Sanitation, dispensaries and jails vaccination Rajputana 1922-1927 - 1922-1927
Year: 1922
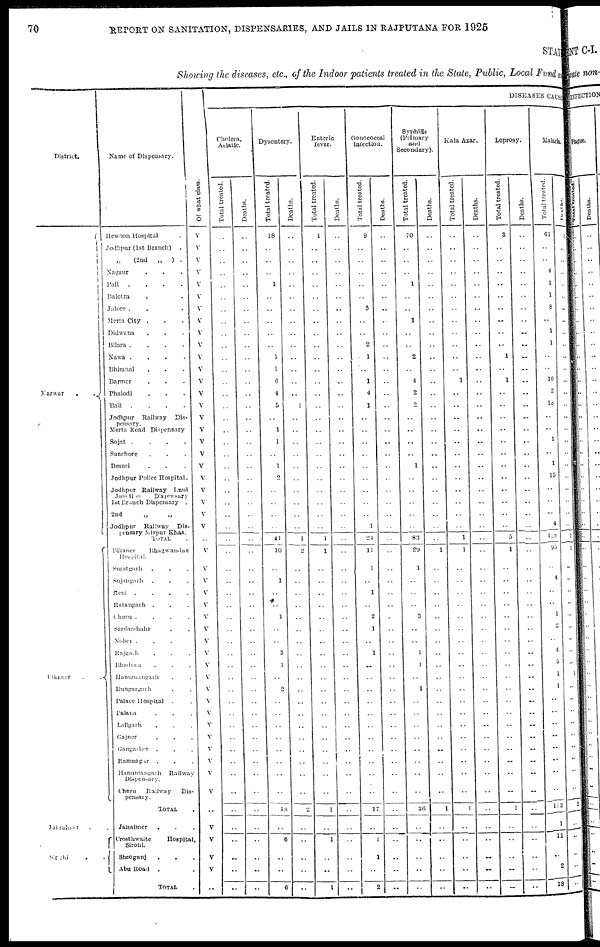
70
REPORT ON SANITATION, DISPENSARIES, AND JAILS IN RAJPUTANA FOR 1925
STATE
Showing the diseases, etc., of the Indoor patients treated in the State, Public, Local Fund and
District.
Marwar
.
.
Bikaner
.
.
Jaisalmer . .
Sirohi . .
Name of Dispensary.
Hewoon Hospital .
Jodhpur (1st Branch) .
„ (2nd
„
) .
Nagaur . . .
Pali
.
.
.
.
Balotra . . .
Jalore . . . .
Merta City . . .
Didwana . . .
Bilara .
.
.
.
Nawa .
.
.
.
Bhimnal . . .
Barmer . . .
Phalodi . . .
Bali
.
.
.
.
Jodhpur Railway Dis-
pensary.
Merta Road Dispensary
Sojat .
.
.
.
Sanchore . . .
Desuri . . .
Jodhpur Police Hospital.
Jodhpur Railway Lnui
Junction
Dispensary
1st Branch Dispensary .
2nd
„ „
Jodhpur
Railway Dis-
pensary Mirpur Khas.
TOTAL .
Bikaner
Bhagwandas
Hospital.
Suratgarh . . .
Sujangarh . . .
Reni
.
.
.
.
Ratangarh
. . .
Churu .
.
.
.
Sardarshahr . .
Noher . . . .
Rajgarh . . .
Bhadran . . .
Hanumangarh . .
Dungargarh . .
Palace Hospital . .
Palana . . .
Lallgarh . . .
Gajner . . .
Gangasher
. . .
Ramnagar
. . .
Hanumangarh
Railway
Dispensary.
Churu
Railway
Dis-
pensary.
TOTAL .
Jaisalmer . . .
Crosthwaite
Hospital,
Sirohi.
Sheogunj . . .
Abu Road
. .
TOTAL .
Of what class.
V
V
V
V
V
V
V
V
V
V
V
V
V
V
V
V
V
V
V
V
V
V
V
V
V
.. V
V
V
V
V
V
V
V
V
V
V
V
V
V
V
V
V
V
V
V
..
V
V
V
V
..
DISEASES CAUSE
Cholera,
Asiatic.
Total treated.
..
..
..
..
..
..
..
..
..
..
..
..
..
..
..
..
..
..
..
..
..
..
.. ..
..
..
..
..
..
..
..
..
..
..
..
..
..
..
..
..
..
..
..
..
..
..
..
..
..
..
..
..
Deaths.
..
..
..
..
..
..
..
..
..
..
..
..
..
..
..
..
..
..
..
..
..
..
.. ..
..
..
..
..
..
..
..
..
..
..
..
..
..
..
..
..
..
..
..
..
..
..
..
..
..
..
..
..
Dysentery.
Total treated.
18
..
..
..
1
..
..
..
..
..
1
1
6
4
5
..
1
1
..
1
2
..
.. ..
.. 41
10
.. 1
..
..
1
..
..
3
1
.. 2
..
..
..
..
..
..
..
..
18
..
6
..
..
6
Deaths.
..
..
..
..
..
..
..
..
..
..
..
..
..
..
1
..
..
..
..
..
..
..
.. ..
.. 1
2
..
..
..
..
..
..
..
..
..
..
..
..
..
..
..
..
..
..
..
2
..
..
..
..
..
Enteric
fever.
Total treated.
1
..
..
..
..
..
..
..
..
..
..
..
..
..
..
..
..
..
..
..
..
..
.. ..
..
1
1
..
.. ..
..
..
..
..
..
..
..
..
..
..
..
..
..
..
..
..
1
..
1
..
..
1
Deaths.
..
..
..
..
..
..
..
..
..
..
..
..
..
..
..
..
..
..
..
..
..
..
.. ..
..
..
..
..
..
..
..
..
..
..
..
..
..
..
..
..
..
..
..
..
..
..
..
..
..
..
..
..
Gonococcal
infection.
Total treated.
9
..
..
..
..
..
5
..
..
2
1
..
1
4
1
..
..
..
..
..
..
..
.. ..
1
24
11
1
..
1
..
2
1
..
1
..
..
..
..
..
..
.. ..
..
..
..
17
..
1
1
..
2
Deaths.
..
..
..
..
..
..
..
..
..
..
..
..
..
..
..
..
..
..
..
..
..
..
.. ..
..
..
..
..
..
..
..
..
..
..
..
..
..
..
..
..
..
.. ..
..
..
..
..
..
..
..
..
..
Syphilis
(Primary
and
Secondary).
Total treated.
70
..
..
..
1
..
..
1
..
..
2
..
4
2
2
..
..
..
..
1
..
..
.. ..
..
83
29
1
..
..
..
3
..
..
1
1
.. 1
..
..
..
..
..
..
..
..
36
..
..
..
..
..
Deaths.
..
..
..
..
..
..
..
..
..
..
..
..
..
..
..
..
..
..
..
..
..
..
.. ..
..
.. 1
..
..
..
..
..
..
..
..
..
..
..
..
..
..
..
..
..
..
..
1
..
..
..
..
..
Kala Azar.
Total treated.
..
..
..
..
..
..
..
..
..
..
..
..
1
..
..
..
..
..
..
..
..
..
.. ..
.. 1
1
..
..
..
..
..
..
..
..
..
..
..
..
..
..
..
.. ..
..
..
1
..
..
..
..
..
Deaths.
..
..
..
..
..
..
..
..
..
..
..
..
..
..
..
..
..
..
..
..
..
..
.. ..
..
..
..
..
..
..
..
..
..
..
..
..
..
..
..
..
..
..
..
..
..
..
..
..
..
..
..
..
Leprosy.
Total treated.
3
..
..
..
..
..
..
..
..
..
1
..
1
..
..
..
..
..
..
..
..
..
.. ..
.. 5
1
..
..
..
..
..
..
..
..
..
..
..
..
..
..
..
..
..
..
..
1
..
..
..
..
..
Deaths.
..
..
..
..
..
..
..
..
..
..
..
..
..
..
..
..
..
..
..
..
..
..
.. ..
..
..
..
..
..
..
..
..
.. ..
..
..
..
..
..
..
.. ..
..
..
..
..
..
..
..
..
..
..
Malaria.
Total treated.
61
..
..
4
1
1
8
..
1
1
..
..
10
2
18
..
..
1
..
1
15
..
.. .. 4
128
93
.. 4
..
.. 1
2
.. 4
5
1
1
..
..
..
..
..
..
..
..
113
1
11
.. 2
13
Deaths.
1
..
..
..
..
..
..
..
..
..
..
..
..
..
..
..
..
..
..
..
..
..
.. ..
..
1
1
..
..
..
..
..
..
..
..
.. 1
..
..
..
..
..
..
..
..
..
2
..
..
..
..
..